Insane asylums in Bengal annual reports 1876-1887 - 1876-1887
Year: 1876
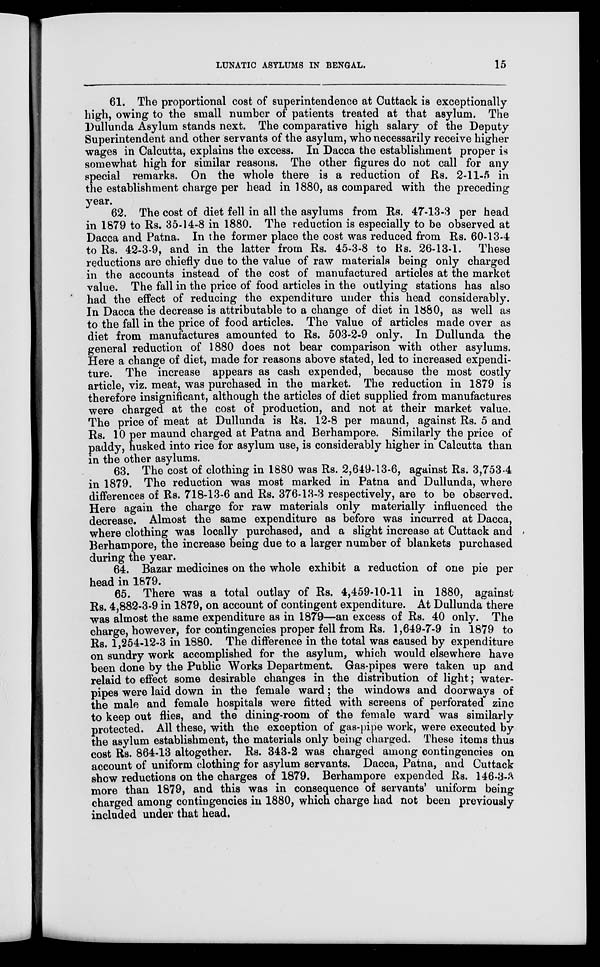
LUNATIC ASYLUMS IN BENGAL.
15
61. The proportional cost of superintendence at Cuttack is exceptionally
high, owing to the small number of patients treated at that asylum. The
Dullunda Asylum stands next. The comparative high salary of the Deputy
Superintendent and other servants of the asylum, who necessarily receive higher
wages in Calcutta, explains the excess. In Dacca the establishment proper is
somewhat high for similar reasons. The other figures do not call for any
special remarks. On the whole there is a reduction of Rs. 2-11-5 in
the establishment charge per head in 1880, as compared with the preceding
year.
62. The cost of diet fell in all the asylums from Rs. 47-13-3 per head
in 1879 to Rs. 35-14-8 in 1880. The reduction is especially to be observed at
Dacca and Patna. In the former place the cost was reduced from Rs. 60-13-4
to Rs. 42-3-9, and in the latter from Rs. 45-3-8 to Rs. 26-13-1. These
reductions are chiefly due to the value of raw materials being only charged
in the accounts instead of the cost of manufactured articles at the market
value. The fall in the price of food articles in the outlying stations has also
had the effect of reducing the expenditure under this head considerably.
In Dacca the decrease is attributable to a change of diet in 1880, as well as
to the fall in the price of food articles. The value of articles made over as
diet from manufactures amounted to Rs. 503-2-9 only. In Dullunda the
general reduction of 1880 does not bear comparison with other asylums.
Here a change of diet, made for reasons above stated, led to increased expendi-
ture. The increase appears as cash expended, because the most costly
article, viz. meat, was purchased in the market. The reduction in 1879 is
therefore insignificant, although the articles of diet supplied from manufactures
were charged at the cost of production, and not at their market value.
The price of meat at Dullunda is Rs. 12-8 per maund, against Rs. 5 and
Rs. 10 per maund charged at Patna and Berhampore. Similarly the price of
paddy, husked into rice for asylum use, is considerably higher in Calcutta than
in the other asylums.
63. The cost of clothing in 1880 was Rs. 2,649-13-6, against Rs. 3,753-4
in 1879. The reduction was most marked in Patna and Dullunda, where
differences of Rs. 718-13-6 and Rs. 376-13-3 respectively, are to be observed.
Here again the charge for raw materials only materially influenced the
decrease. Almost the same expenditure as before was incurred at Dacca,
where clothing was locally purchased, and a slight increase at Cuttack and
Berhampore, the increase being due to a larger number of blankets purchased
during the year.
64. Bazar medicines on the whole exhibit a reduction of one pie per
head in 1879.
65. There was a total outlay of Rs. 4,459-10-11 in 1880, against
Rs. 4,882-3-9 in 1879, on account of contingent expenditure. At Dullunda there
was almost the same expenditure as in 1879—an excess of Rs. 40 only. The
charge, however, for contingencies proper fell from Rs. 1,649-7-9 in 1879 to
Rs. 1,254-12-3 in 1880. The difference in the total was caused by expenditure
on sundry work accomplished for the asylum, which would elsewhere have
been done by the Public Works Department. Gas-pipes were taken up and
relaid to effect some desirable changes in the distribution of light; water-
pipes were laid down in the female ward; the windows and doorways of
the male and female hospitals were fitted with screens of perforated zinc
to keep out flies, and the dining-room of the female ward was similarly
protected. All these, with the exception of gas-pipe work, were executed by
the asylum establishment, the materials only being charged. These items thus
cost Rs. 864-13 altogether. Rs. 343-2 was charged among contingencies on
account of uniform clothing for asylum servants. Dacca, Patna, and Cuttack
show reductions on the charges of 1879. Berhampore expended Rs. 146-3-3
more than 1879, and this was in consequence of servants' uniform being
charged among contingencies in 1880, which charge had not been previously
included under that head.